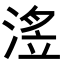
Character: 𭱗